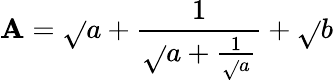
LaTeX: \mathbf{A}=\sqrt{}{{a+\frac{{1}}{{\sqrt{}{{a+\frac{{1}}{{\sqrt{}{{a}}}}}}}}}}+\sqrt{}{{b}}